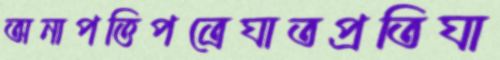
অনাপত্তিপত্রেঘাতপ্রতিঘা